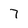
Character: 7